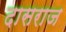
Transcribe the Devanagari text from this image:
दासराज